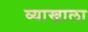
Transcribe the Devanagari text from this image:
व्‍याखाला